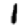
Digit: 1